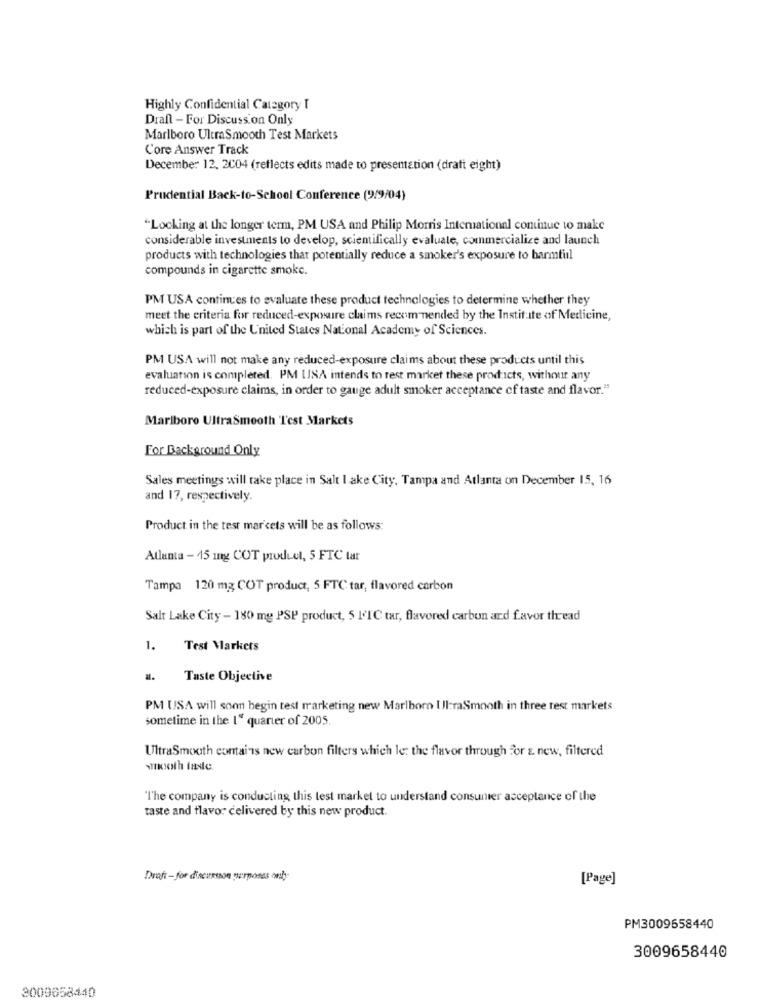
Highly Confidential Category I
Draft - For Discussion Only
Marlboro UltraSmooth Test Markets
Core Answer Track
December 12. 2004 (reflects edits made to presentation (dratt eight)
Prudential Back-to-School Conference (9/9/04)
"Locking at the longer term, PM USA and Philip Morris International continue to make
considerable investments to develop, scientifically evaluate, commercialize and launch
products with technologies that potentially reduce a smoker's exposure to barmtil
compounds in cigarette smoke.
PM USA continues to evaluate these product technologies to determine whether they
meet the criteria for reduced-exposure claims recommended by the Institute of Medicine,
which is part of the United States National Academy of Sciences.
PM USA will not make any reduced-exposure claims about these products until this
evaluation is completed. PM INA intends to rest market these products, without any
reduced-exposure claims, in order to gauge adult smoker acceptance of taste and flavor."
Marlboro UltraSmooth Test Markets
For Background Only
Sales meetings will take place in Salt I ake City, Tampa and Atlanta on December 15, 16
and 17, respectively.
Product in the test markets will be as follows:
Atlanta - 15 mg COT produel, 5 FTC tar
Tampa 120 mg COT product, 5 FTC tar, flavored carbon
Salt Lake City - 180 mg PSP product, 5 l'IC tar, flavored carbon and favor thread
1.
Test Markets
Taste Objective
PM USA will soon begin test marketing new Marlboro Ul:raSmooth in three rest markets
sometime in the 1" quarter of 2005.
UltraSmooth contains new carbon filters which le: the flavor through for z new, filtered
smooth taste.
The company is conducting this test market to understand consumer acceptance of the
taste and flavor delivered by this new product.
Draft - for discussion purposes only-
[Page]
PM3009658440
3009658440
3009658440